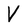
Character: V